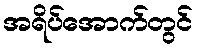
အရိပ်အောက်တွင်